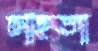
চাহতা